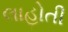
લાહોતી